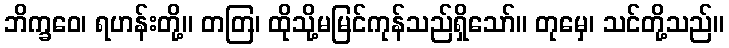
ဘိက္ခဝေ၊ ရဟန်းတို့။ တတြ၊ ထိုသို့မမြင်ကုန်သည်ရှိသော်။ တုမှေ၊ သင်တို့သည်။